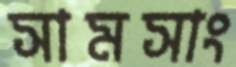
সামসাং